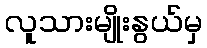
လူသားမျိုးနွယ်မှ